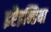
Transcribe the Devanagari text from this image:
इष्टैइन्डिया